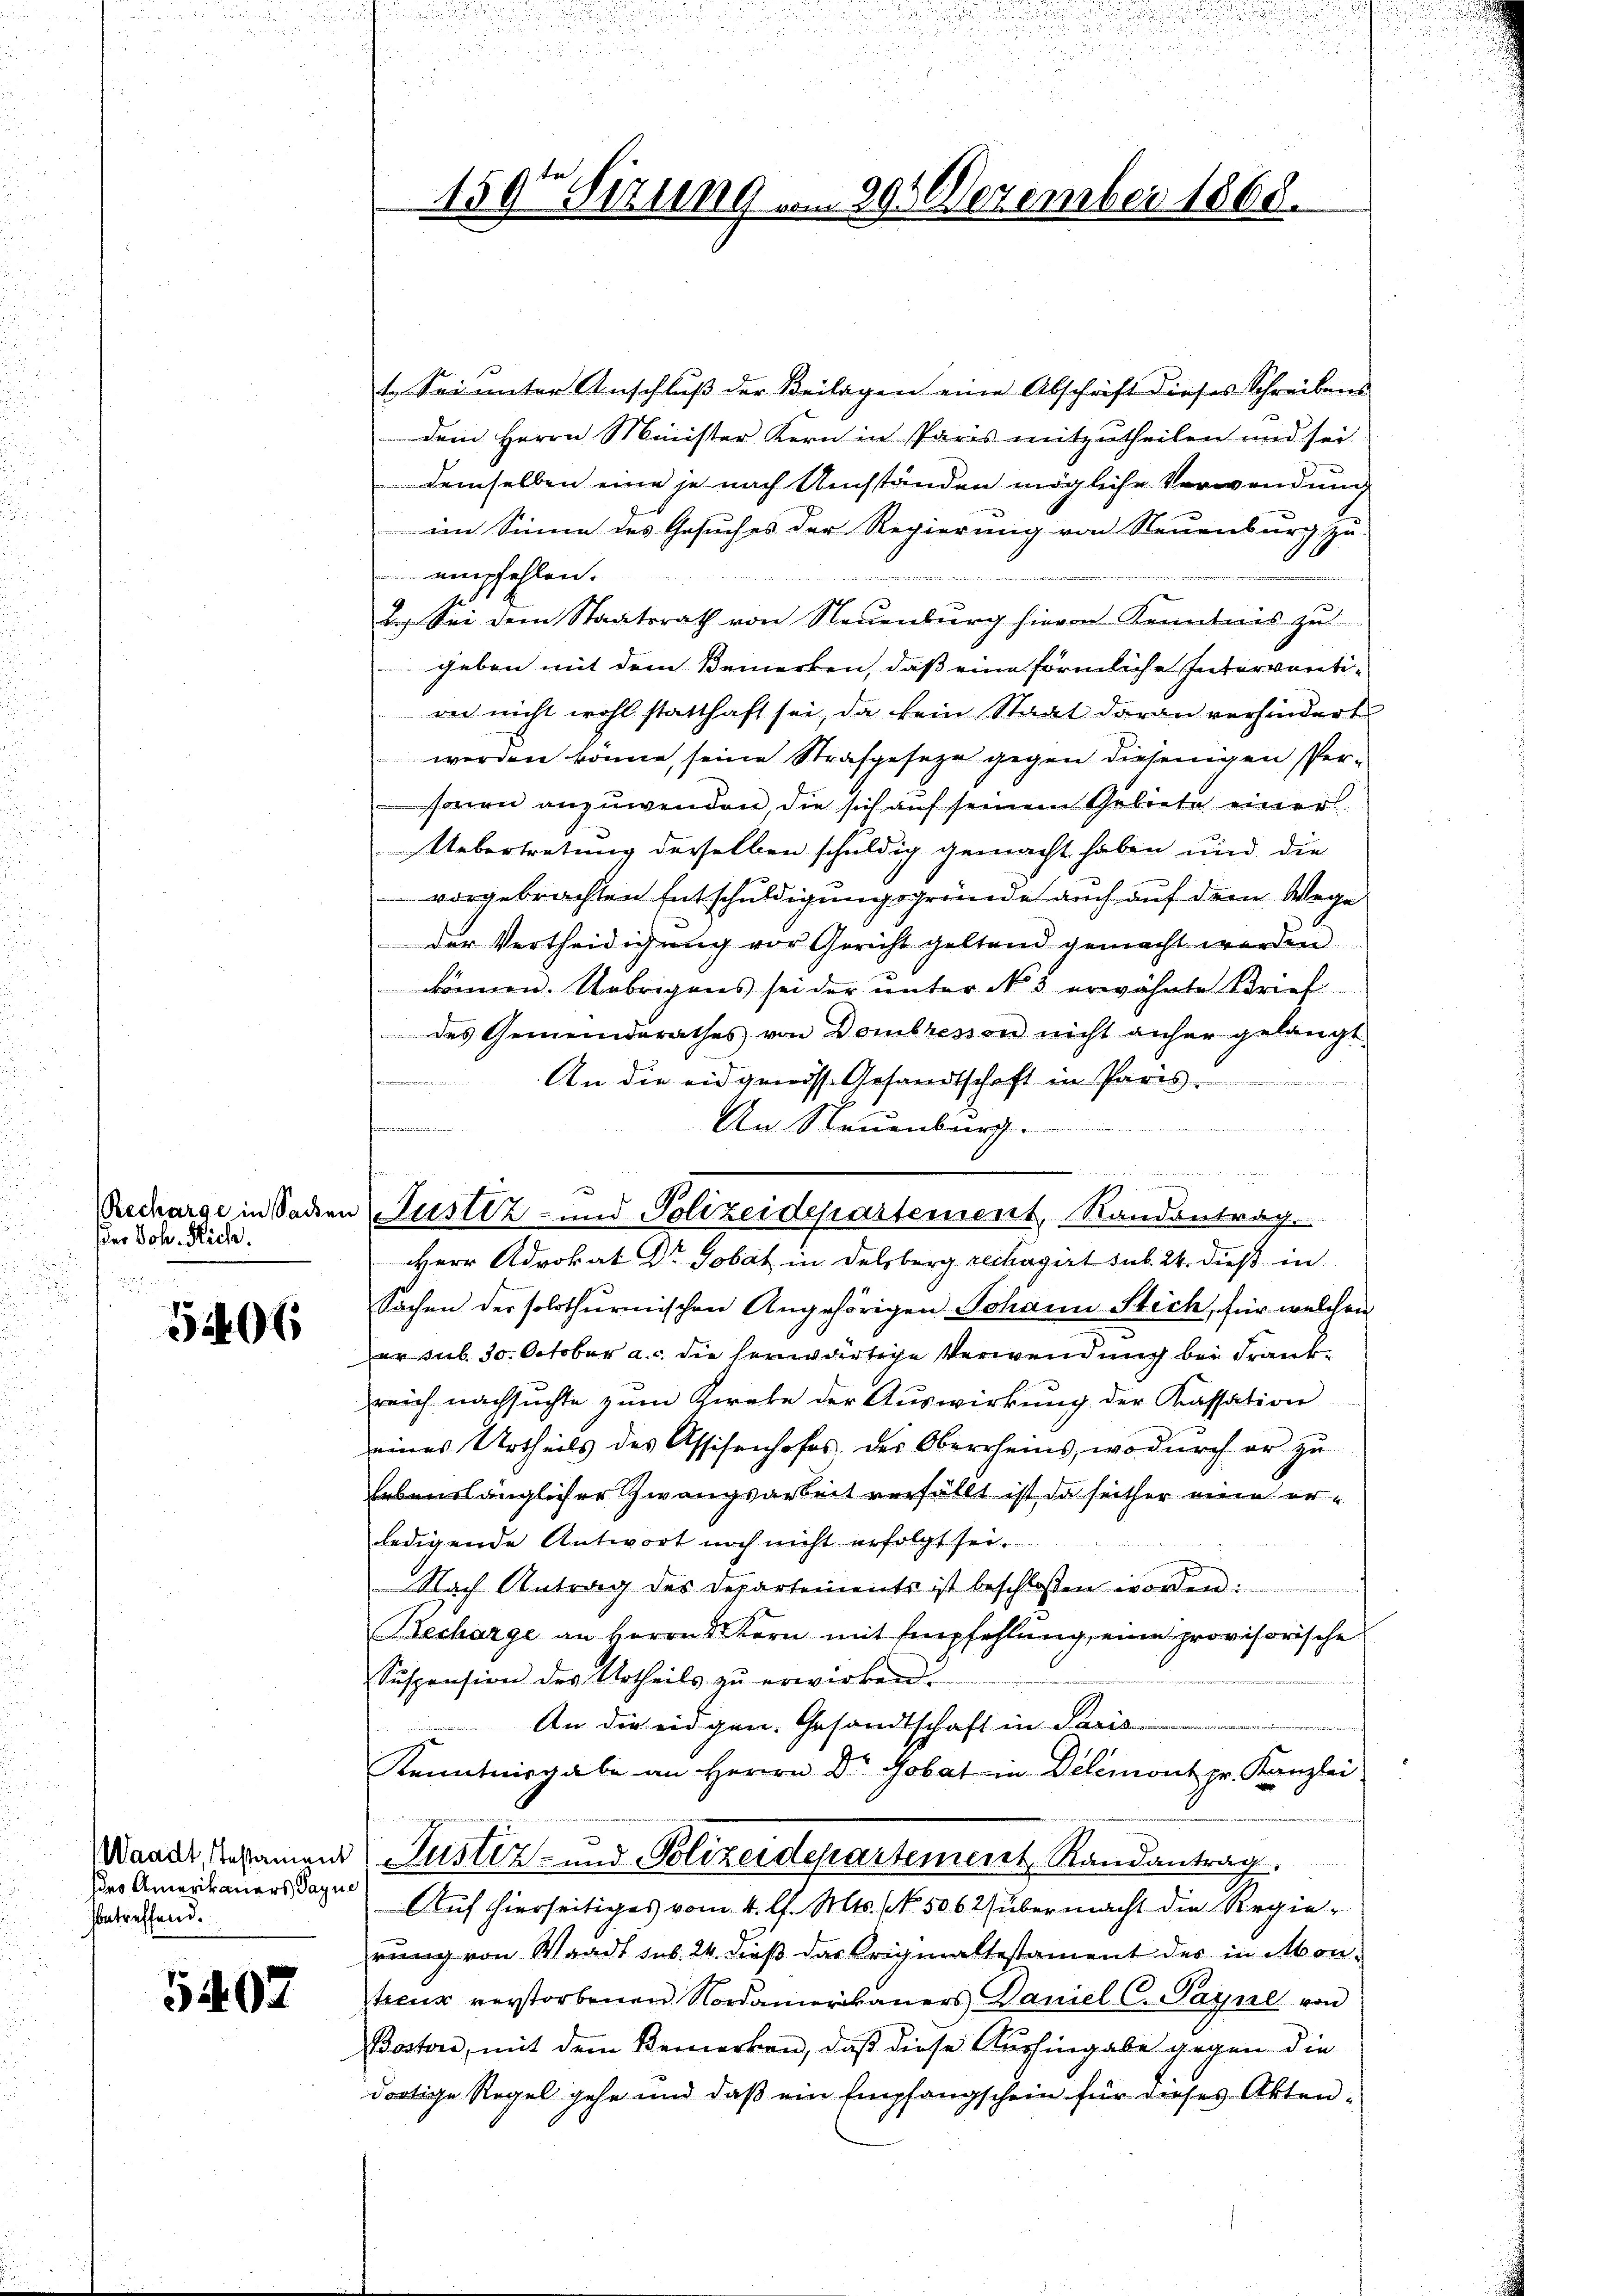
echarge in Sachen
der Joh. Siche.

5406

hero Amerikaners Paque
sbetreffend.

5407

t Sei unter Anschluß der Beilagen eine Abschrift dieses Schreibens
dem Herrn Minister Kern in Paris mitzutheilen und sei
demselben eine je nach Umständen mögliche Verwendung
im Sinne des Gesuches der Regierung von Neuenburg zu
empfehlen.
B. Sei dem Staatsrath von Neuenburg hievon Kenntnis zu
geben mit dem Bemerken, daß eine förmliche Interventiwer nicht wohl statthaft sei, da kein Staat daran verhindert
werden könne, seine Strafgeseze gegen diejenigen Personen anzuwenden die sich auf seinem Gebiete einer
Uebertretung derselben schuldig gemacht haben und die
vorgebrachten Entschuldigungsgründe auch auf dem Wege
der Vertheidigung vor Gericht geltend gemacht werden
können. Uebrigens sei der unter No 5 erwähnte Brief
des Gemeinderathes von Dombrevon nicht anher gelangt
An die eidgenöss. Gesandtschaft in Paris
An Neuenburg.

u
Herr Advokat Dr Gobat in Delsberg rechagirt sub. 24. dieß in
Sachen der solothurmischen Angehörigen Johann Stich, für welchen
er sub 30. October a. c. die herwärtige Verwendung bei Frankreich nachsuchte zum Zweke der Auswirkung der Kassation
eines Urtheils des Assisenhofes des Oberrheins, wodurch er zu
lebenslänglicher Zwangsarbeit verfällt ist, da seither eine erledigende Antwort noch nicht erfolgt sei.
Nach Antrag des Departements ist beschloßen worden:
Becharge an Herrn Stern mit Empfehlung, eine provisorische
Suspension des Urtheils zŭ erwirken.
An die eidgen. Gesandtschaft in Paris
Kenntnisgabe an Herrn Dr. Gobat in Delémont pr. Kanzlei
Wande Besammen Justiz- und Polizeidepartement, Randantrag
Auf hierseitiges vom 4. l. Mts. No. 506. 2) über macht die Regierung von Waadt sub. 24. dieß das Krigmaltestament des in Mon-
trenz verstorbenen Nordamerikaners Daniel C. Payne von
Boston, mit dem Bemerken, daß diese Aushingabe gegen diedortige Regel gehe und daß ein Empfangschein für dieses Akten¬

hen un

1597 Fizung ... 991 Dezember 1868.

Justiz- und Polizeidepartement, Randantrag